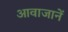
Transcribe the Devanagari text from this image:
आवाजानें